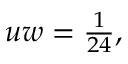
\begin{array} { r } { u w = \frac { 1 } { 2 4 } , } \end{array}